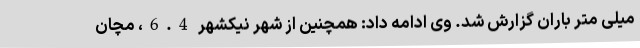
میلی متر باران گزارش شد. وی ادامه داد: همچنین از شهر نیکشهر 6.4، مچان